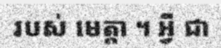
របស់ មេត្តា ។ អ្វី ជា